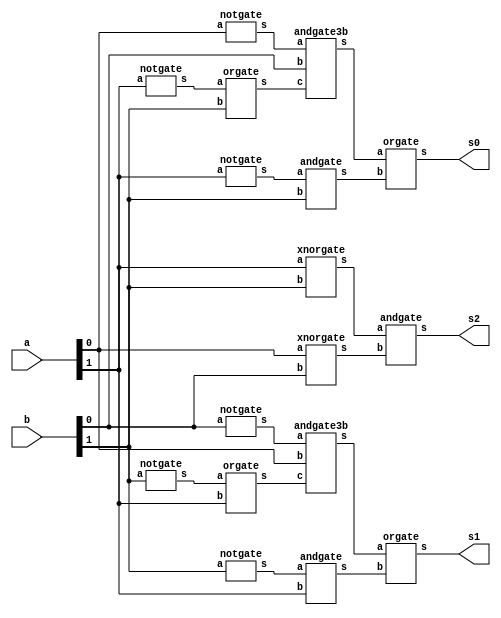
// -------------------------
// Exemplo0037  Comparador
// Nome: Rayan Darwin
// ------------------------- 
 
module comparador (output s0, output s1, output s2, input [1:0] a, input [1:0] b);

        wire w0,w1,w2,w3,w4,w5,w6,w7,n1,n2,n3,n4,n5,n6;
        notgate NOT1(n1,a[1]);
        orgate OR1(w0,n1,b[1]);
        notgate NOT2(n2,a[0]);
        andgate3b AND1(w1,n2,b[0],w0);
        notgate NOT3(n3,a[1]);
        andgate AND2(w2,n3,b[1]);
        orgate OR2(s0,w1,w2);
        
        notgate NOT4(n4,b[1]);
        orgate OR3(w3,n4,a[1]);
        notgate NOT5(n5,b[0]);
        andgate3b AND3(w4,n5,a[0],w3);
        notgate NOT6(n6,b[1]);
        andgate AND4(w5,n6,a[1]);
        orgate OR4(s1,w4,w5);

        xnorgate XOR1(w6,a[1],b[1]);
        xnorgate XOR2(w7,a[0],b[0]);
        andgate AND5(s2,w6,w7);
		  
endmodule //comparador

module norgate (output s,input a, input b);
  assign s = ~(a|b);
endmodule

module norgate3b (output s, input a, input b, input c);
  wire x;
  norgate NOR1(x,a,b);
  norgate NOR2(s,x,c);
endmodule

module norgate4b (output s,input a,input b,input c,input d);

  wire x,y;
  norgate NOR1(x,a,b);
  norgate NOR2(y,x,c);
  norgate NOR3(s,y,d);
endmodule


module notgate (output s,input a);
  assign s = ~a;
endmodule

module andgate3b (output s,input a,input b,input c);
  wire x;
  andgate AND1(x,a,b);
  andgate AND2(s,x,c);
endmodule

module andgate (output s, input a, input b);
  assign s = a & b;
endmodule

module xorgate (output s, input a, input b);
  assign s = a ^ b;
endmodule

module xnorgate (output s, input a, input b);
  assign s = ~(a ^ b);
endmodule

module orgate (output s, input a,  input b);
  assign s = a | b;
endmodule

module orgate3b (output s, input a, input b, input c);
  wire x;
  orgate OR1(x,a,b);
  orgate OR2(s,x,c);
endmodule

module teste_comparador;
// ------------------------- definir dados
      reg [1:0] x = 2'b00, y = 2'b00;
      wire s0,s1,s2;

      comparador comp(s0,s1,s2,x,y);

// ------------------------- parte principal 
 initial begin 
      $display("Exemplo0037 - Rayan Darwin - 412770");
      $display("Comparador\n");
		
      $monitor("%2b %2b -> maior=%1b maior=%1b igual=%1b",x,y,s1,s0,s2);
		
      #1 x=2'b00;    y = 2'b00;
      #1 x=2'b00;    y = 2'b01;
		#1 x=2'b10;    y = 2'b00;
      #1 x=2'b10;    y = 2'b11;
      #1 x=2'b11;    y = 2'b01;
      #1 x=2'b11;    y = 2'b10;
      #1 x=2'b01;    y = 2'b01;
      #1 x=2'b01;    y = 2'b10; 
 end
 
endmodule